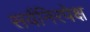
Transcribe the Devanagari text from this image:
सर्वनिरपेक्ष